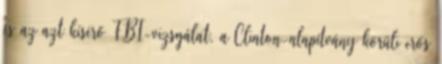
és az azt kísérő FBI-vizsgálat, a Clinton-alapítvány körüli erős